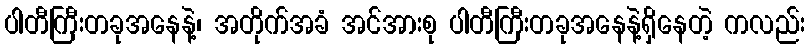
ပါတီကြီးတခုအနေနဲ့၊ အတိုက်အခံ အင်အားစု ပါတီကြီးတခုအနေနဲ့ရှိနေတဲ့ ကလည်း